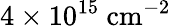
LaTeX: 4\times 10^{15}\ \mathrm{cm^{-2}}